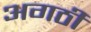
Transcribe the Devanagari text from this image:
अगठी